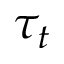
\tau _ { t }